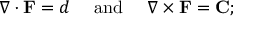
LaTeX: \nabla \cdot \mathbf { F } = d \quad { \mathrm { ~ a n d ~ } } \quad \nabla \times \mathbf { F } = \mathbf { C } ;